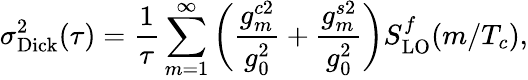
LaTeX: \sigma_{\mathrm{Dick}}^{2}(\tau)=\frac{1}{\tau}\sum_{m=1}^{\infty}\bigg(\frac{g_{m}^{c2}}{g_{0}^{2}}+\frac{g_{m}^{s2}}{g_{0}^{2}}\bigg)S_{\mathrm{LO}}^{f}(m/T_{c}),